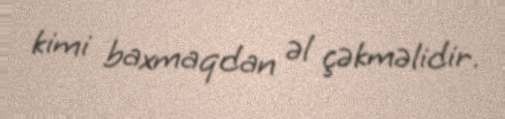
kimi baxmaqdan əl çəkməlidir.